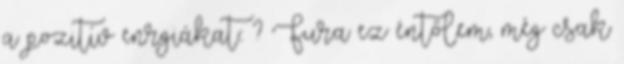
a pozitív enrgiákat::: ? Fura ez éntőlem, még csak